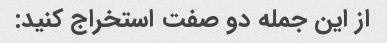
از این جمله دو صفت استخراج کنید: